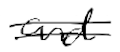
Text: and
Cross-out: double-line
Writing tool: digital_black